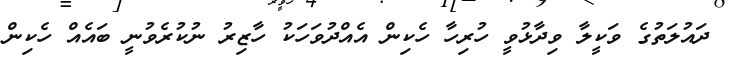
ދައުލަތުގެ ވަކީލާ ވިދާޅުވީ ހުރިހާ ހެކިން އެއްދުވަހަކު ހާޒިރު ނުކުރެވުނީ ބައެއް ހެކިން